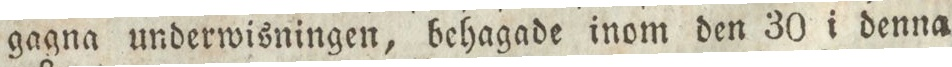
gagna underwisningen, behagade inom den 30 i denna